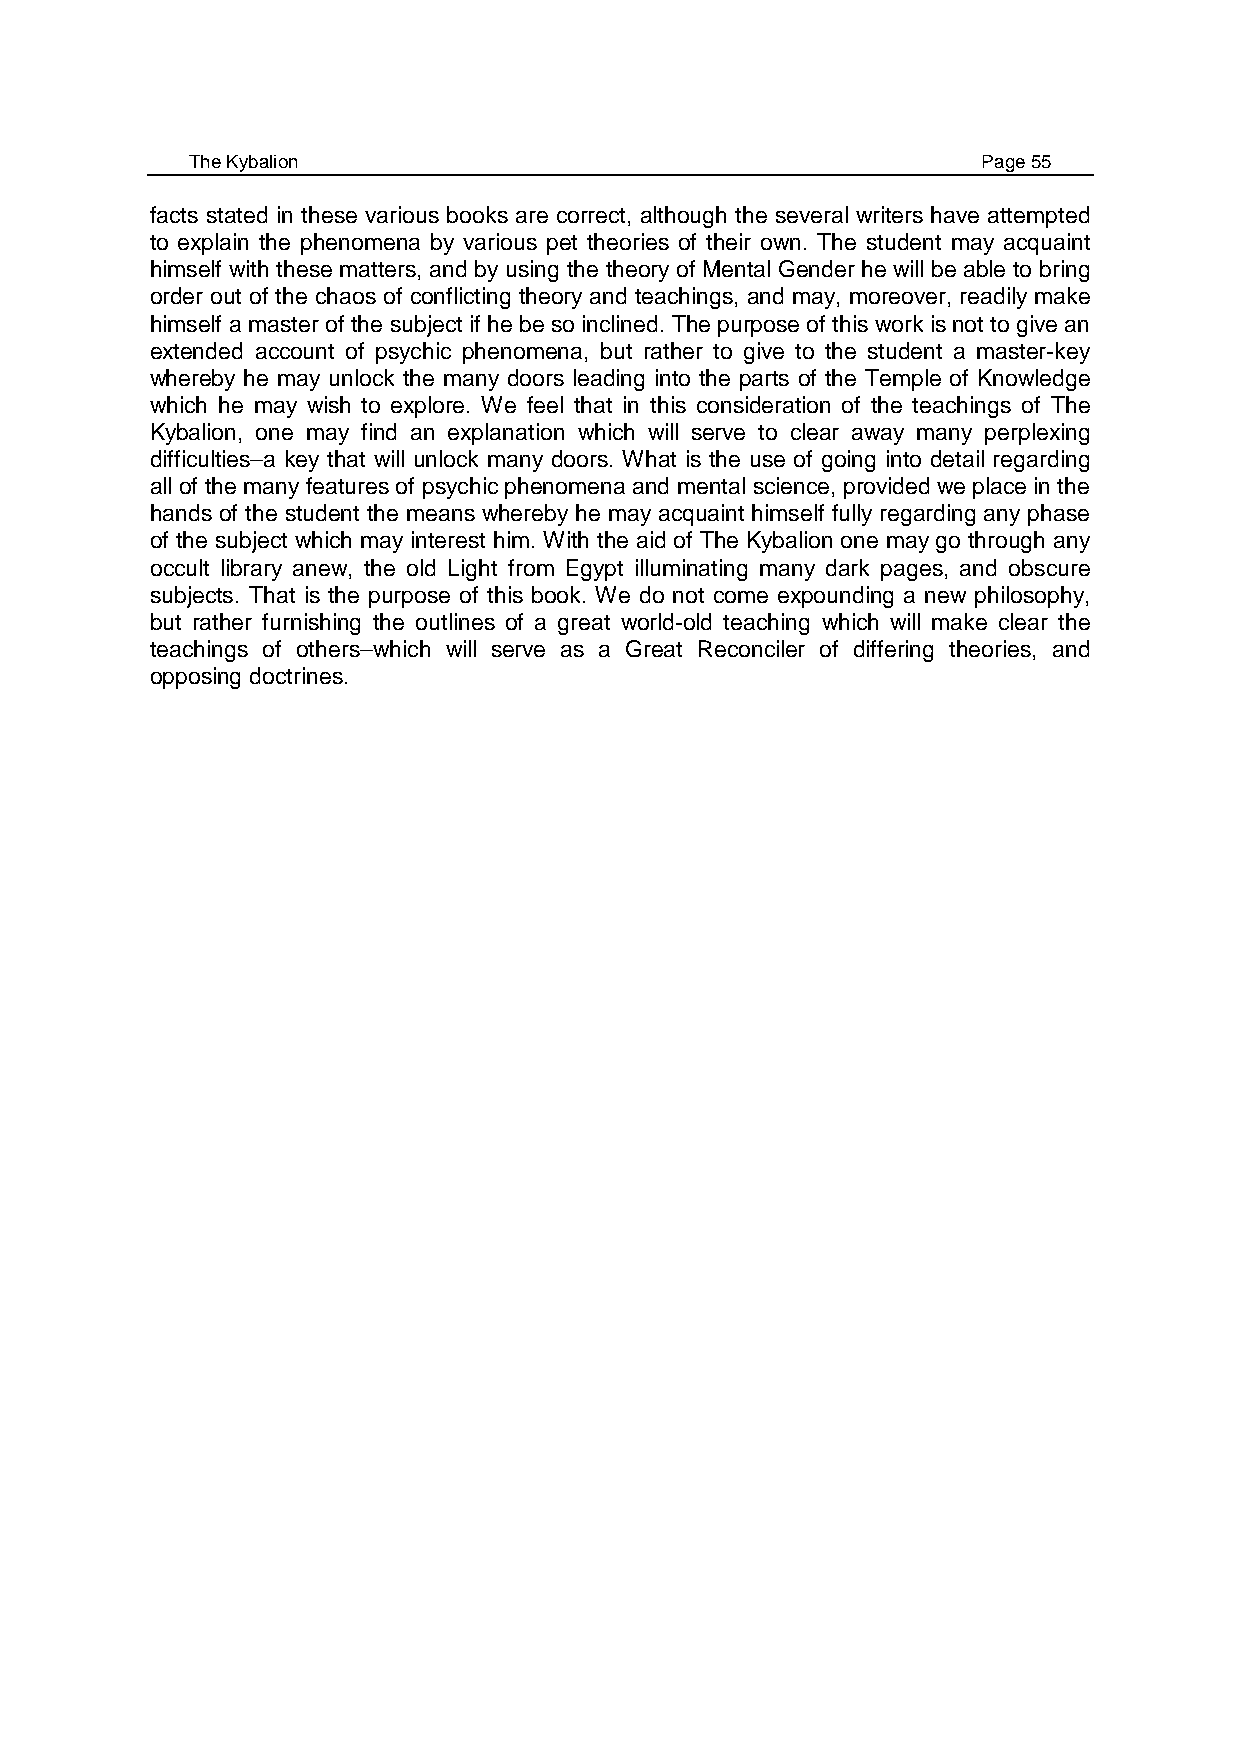
The Kybalion                                        Page 55
 facts stated in these various books are correct, although the several writers have attempted
 to explain the phenomena by various pet theories of their own. The student may acquaint
 himself with these matters, and by using the theory of Mental Gender he will be able to bring
 order out of the chaos of conflicting theory and teachings, and may, moreover, readily make
 himself a master of the subject if he be so inclined. The purpose of this work is not to give an
 extended account of psychic phenomena, but rather to give to the student a master-key
 whereby he may unlock the many doors leading into the parts of the Temple of Knowledge
 which he may wish to explore. We feel that in this consideration of the teachings of The
 Kybalion, one may find an explanation which will serve to clear away many perplexing
 difficulties–a key that will unlock many doors. What is the use of going into detail regarding
 all of the many features of psychic phenomena and mental science, provided we place in the
 hands of the student the means whereby he may acquaint himself fully regarding any phase
 of the subject which may interest him. With the aid of The Kybalion one may go through any
 occult library anew, the old Light from Egypt illuminating many dark pages, and obscure
 subjects. That is the purpose of this book. We do not come expounding a new philosophy,
 but rather furnishing the outlines of a great world-old teaching which will make clear the
 teachings of others–which will serve as a Great Reconciler of differing theories, and
 opposing doctrines.